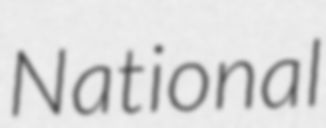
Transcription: National